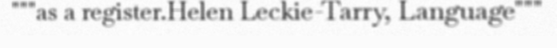
"""as a register.Helen Leckie-Tarry, Language"""